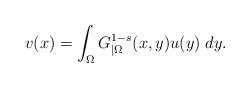
\begin{align*}v(x)=\int_\Omega G_{|\Omega}^{1-s}(x,y)u(y)\;dy.\end{align*}